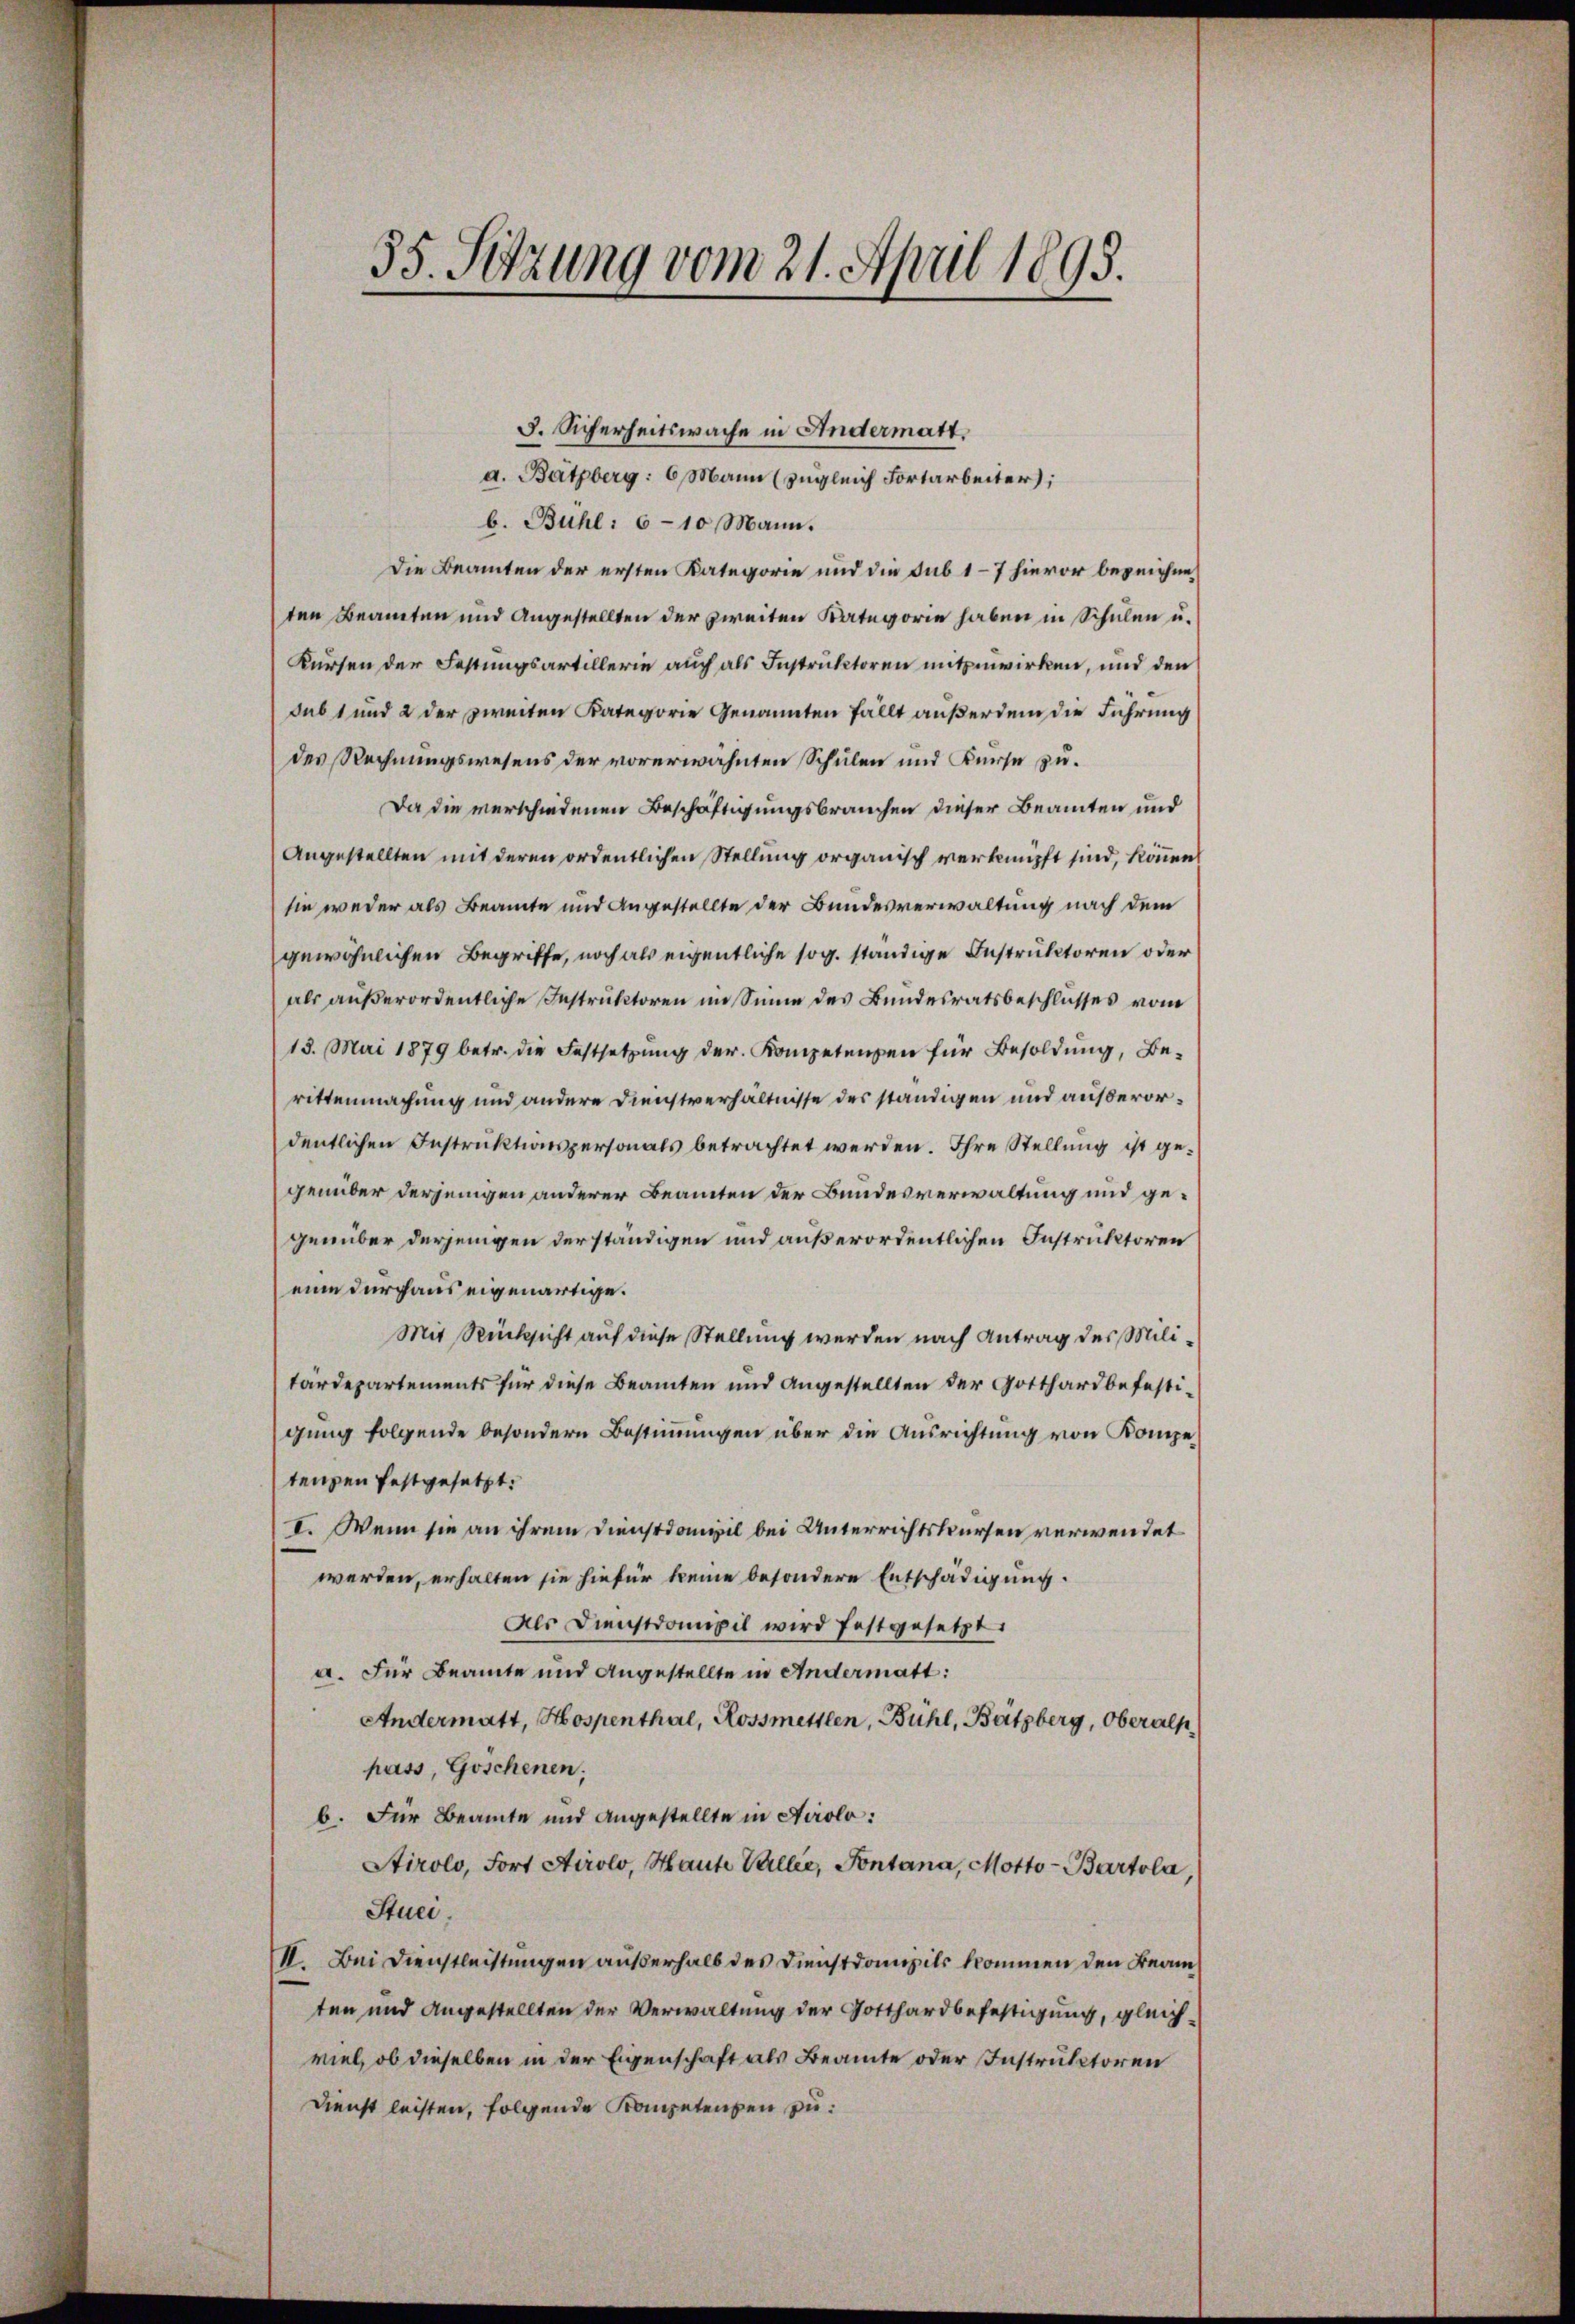
35. Setzung vom 21. April 1895.

3. Sicherheitswache in Andermatt.
d. Batzberg: 6. Mann (zugleich Fortarbeiter;
b. Bühl: 6-10 Mann.
Die Beamten der ersten Kategorie und die sub 1–7 hievor bezeichneten Beamten und Angestellten der zweiten Kategorie haben in Schulen u.
Kürsen der Festungsartillerie auch als Instruktoren mitzuwirken, und den
dab 1 und 2 der zweiten Kategorie Genannten fällt außerdem die Führung
des Rechnungswesens der vorerwähnten Schulen und Kurse zu¬
Da die verschiedenen Beschäftigungsbrauchen dieser Beamten und
Angestellten mit deren ordentlichen Stellung organisch verknüpft sind, können
sie weder als Beamte und Angestellte der Bundesverwaltung nach dem
gewöhnlichen Begriffe, noch als eigentliche sog. ständige Instruktoren oder
als außerordentliche Instruktoren im Sinne des Bundesratsbeschlusses vom
13. Mai 1879 betr. die Festsetzung der Kompetenen für Besoldung, Berittenmachung und andere Dienstverhältnisse des ständigen und außerordentlichen Instruktionspersonals betrachtet werden. Ihre Stellung ist gegenüber derjenigen anderer Beamten der Bundesverwaltung und gegenüber derjenigen derständigen und außerordentlichen Instruktoren
eine durchaus eigenartige.
Mit Rücksicht auf diese Stellung werden nach Antrag des Militärdepartements für diese Beamten und angestellten der Gotthard befestigung folgende besondern Bestimmungen über die Ausrichtung von Kompetenzen festgesetzt.
I. Wenn sie an ihrem Dienstdompil bei Unterrichtskursen verwendet
werden, erhalten sie hiefür keine besondere Entschädigung.
Als Dienstdampil wird festgesetzt.
a. Für Beamte und Angestellte in Andermatt:
Andermatt, Hospenthal, Rossmettlen, Bühl, Bützberg, Oberalp
pass, Göschenen;
b. Für Beamte und angestellte in Airolo:
Stirolo, Fort Airolo, Haute Baller, Pontana, Motto- Bartola,
Stuei.
II. Bei Dienstleistungen außerhalb des Dienstdonzils kommen den Beamten und Angestellten der Verwaltung der Gotthardbefestigung, gleichviel, ob dieselben in der Eigenschaft als Beamte oder Instruktoren
Dienst leisten, folgende Kompetenten zu: